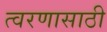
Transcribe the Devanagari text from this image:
त्वरणासाठी